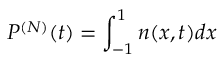
P ^ { ( N ) } ( t ) = \int _ { - 1 } ^ { 1 } n ( x , t ) d x